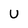
Character: U